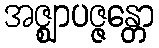
အဇ္ဈာပဇ္ဇန္တော